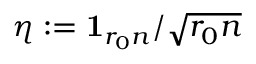
\eta : = \mathbf { 1 } _ { r _ { 0 } n } / \sqrt { r _ { 0 } n }